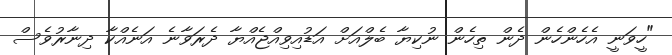
"ހީވަނީ އެހެންހެން ދެން ތިހެން ނުކިޔާ ބެލްއަށް އަޑުއިވިއްޖެއްޔާ ދެރަވާނެ އަނެއްކާ ދިނާރުވެސް